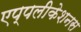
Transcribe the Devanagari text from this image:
एप्पलीकेशनस